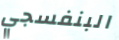
البنفسجي